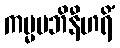
ကမ္မမဘိနီဟရိံ